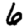
Digit: 6